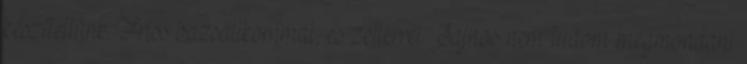
készítettünk. Friss bazsalikommal, és zellerrel. Sajnos nem tudom megmondani